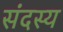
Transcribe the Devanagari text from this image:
संदस्य